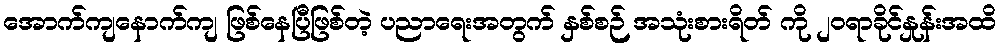
အောက်ကျနောက်ကျ ဖြစ်နေပြီဖြစ်တဲ့ ပညာရေးအတွက် နှစ်စဉ် အသုံးစားရိတ် ကို ၂၀ရာခိုင်နှုန်းအထိ